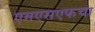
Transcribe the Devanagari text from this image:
एमएसएफचा